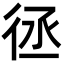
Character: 𢓞